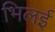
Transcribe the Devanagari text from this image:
भिलई